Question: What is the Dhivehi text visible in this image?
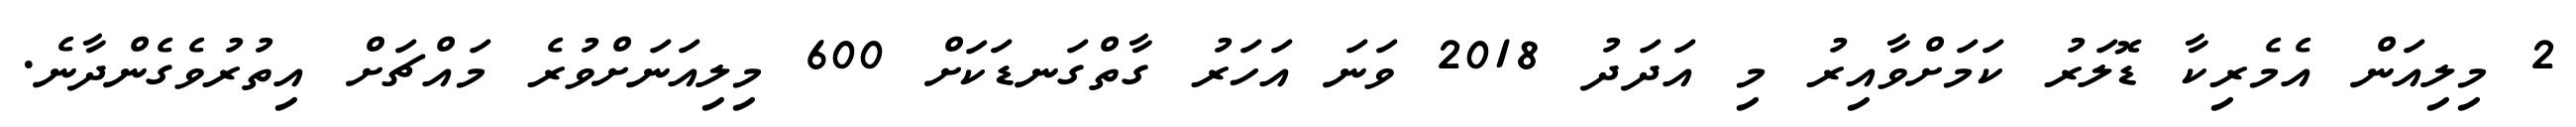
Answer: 2 މިލިއަން އެމެރިކާ ޑޮލަރު ކަމަށްވާއިރު މި އަދަދު 2018 ވަނަ އަހަރު ގާތްގަނޑަކަށް 600 މިލިއަނަށްވުރެ މައްޗަށް އިތުރުވެގެންދާނެ.